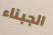
الجبناء